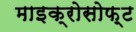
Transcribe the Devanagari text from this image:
माइक्रोसोफ़्ट